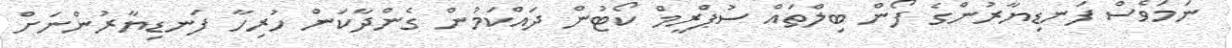
ނަމަވެސް ފަނޑިޔާރުންގެ ފޯން ބިލްތައް ސުޕްރީމް ކޯޓުން ދައްކަމުން ގެންދާކަން ހުރިހާ ފަނޑިޔާރުންނަށް